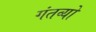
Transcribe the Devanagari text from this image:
गंतव्यो